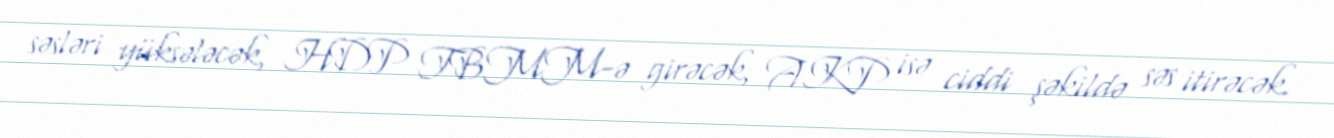
səsləri yüksələcək, HDP TBMM-ə girəcək, AKP isə ciddi şəkildə səs itirəcək.